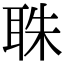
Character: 䎷